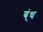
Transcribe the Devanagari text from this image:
ब्ंध